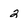
Character: 2